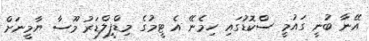
އޭނާ ބުނީ ގައުމީ ސްކޮޑުގައި ހިމެނޭ އެ ޓީމުގެ މިޑްފީލްޑަރު މޫސާ ޔާމީނަށް